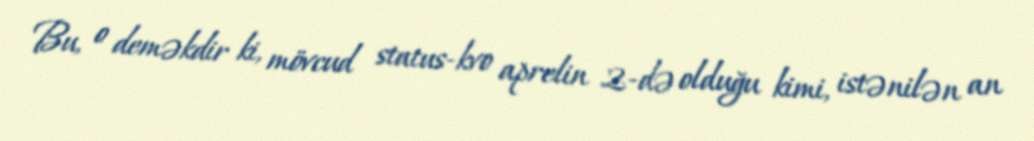
Bu, o deməkdir ki, mövcud status-kvo aprelin 2-də olduğu kimi, istənilən an